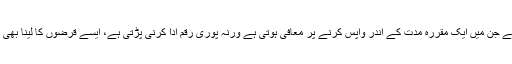
۲- وہ قرضے جن میں ایک مقررہ مدت کے اندر واپس کرنے پر معافی ہوتی ہے ورنہ پوری رقم ادا کرنی پڑتی ہے، ایسے قرضوں کا لینا بھی درست ہے۔